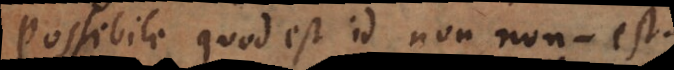
Possibile quod est, id non non‐est.